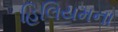
હિલિયમના